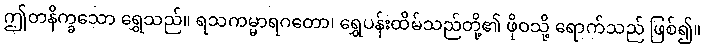
ဤတနိက္ခသော ရွှေသည်။ ရသကမ္မာရဂတော၊ ရွှေပန်းထိမ်သည်တို့၏ ဖိုဝသို့ ရောက်သည် ဖြစ်၍။